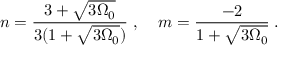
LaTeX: n = \frac { 3 + \sqrt { 3 \Omega _ { 0 } } } { 3 ( 1 + \sqrt { 3 \Omega _ { 0 } } ) } \; , \; \; \; \; m = \frac { - 2 } { 1 + \sqrt { 3 \Omega _ { 0 } } } \; .